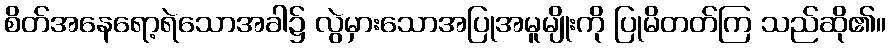
စိတ်အနေရော့ရဲသောအခါ၌ လွဲမှားသောအပြုအမူမျိုးကို ပြုမိတတ်ကြ သည်ဆို၏။